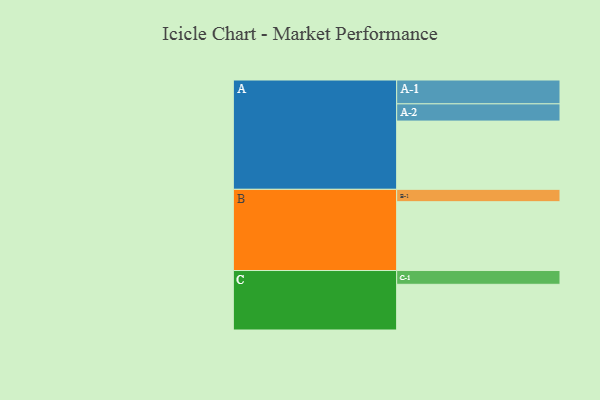
{"axis": {"x": "Segment", "y": "Value"}, "legend": ["", "A", "B", "C"], "data": [{"x": "A", "y": 475, "type": ""}, {"x": "B", "y": 479, "type": ""}, {"x": "C", "y": 318, "type": ""}, {"x": "A-1", "y": 166, "type": "A"}, {"x": "A-2", "y": 120, "type": "A"}, {"x": "B-1", "y": 86, "type": "B"}, {"x": "C-1", "y": 96, "type": "C"}]}